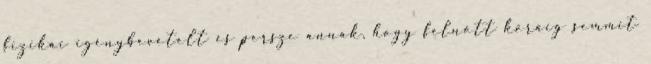
fizikai igénybevételt és persze annak, hogy felnõtt koráig semmit